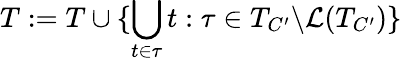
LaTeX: T:=T\cup\{ \bigcup_{t\in\tau}t:\tau\in T_{C^{\prime}}{\setminus}\mathcal{L}(T_{C^{\prime}})\}